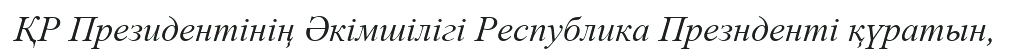
ҚР Президентінің Әкімшілігі Республика Презнденті қүратын,